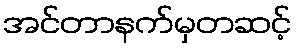
အင်တာနက်မှတဆင့်